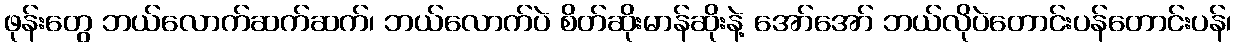
ဖုန်းတွေ ဘယ်လောက်ဆက်ဆက်၊ ဘယ်လောက်ပဲ စိတ်ဆိုးမာန်ဆိုးနဲ့ အော်အော် ဘယ်လိုပဲတောင်းပန်တောင်းပန်၊